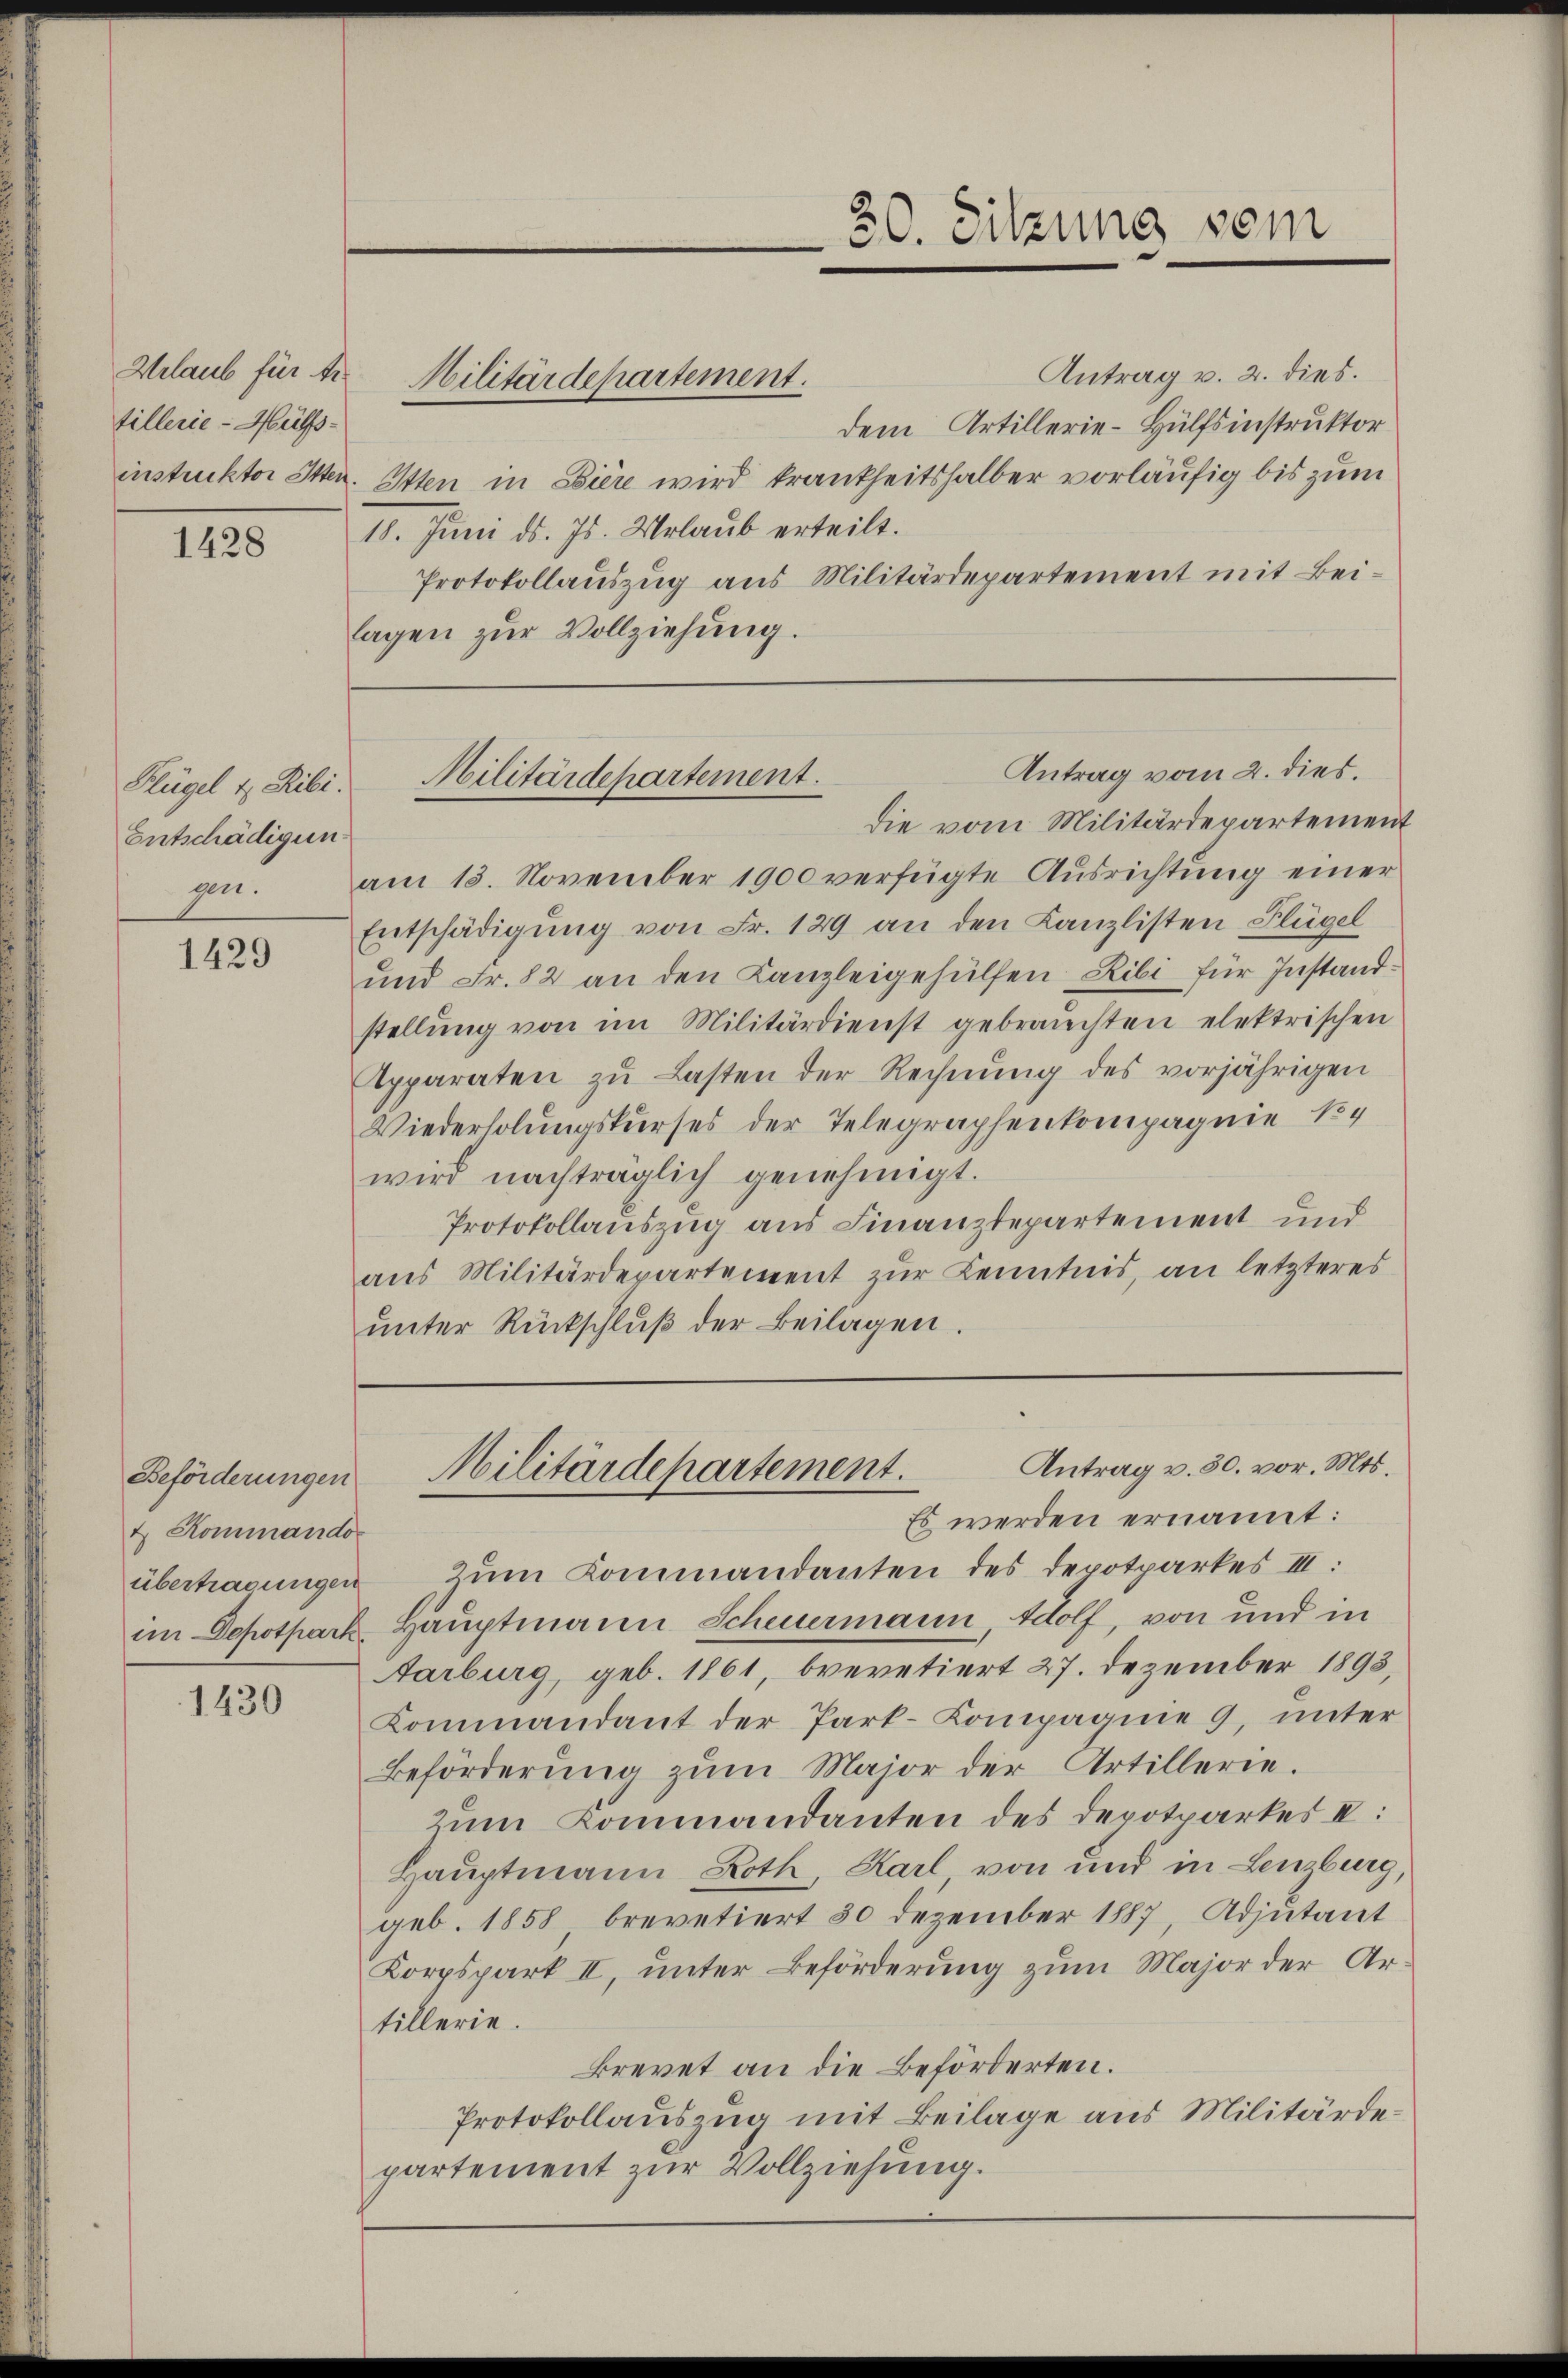
Wrlaub für Ar
tillerie-Hülfs-

1428

Klügel & Ribi.
Entschädigun¬

1429

Beförderungen
t. Kommando
übertragungen

1430

Antrag v. 2. dies.
dem Artillerie-Hülfsinstruktor
instruktor Otten. Etten in Biere wird krankheitshalber vorläufig bis zum
18. Juni d. Js. Urlaub erteilt.
Protokollauszug aus Militärdepartement mit Beilagen zur Vollziehung.

Militärdepartement.

30. Sitzung sein

Antrag vom 2. dies.
Militärdepartement.

die vom Militärdepartement
zn. am 18. November 1900 verfügte Ausrichtung einer
Entschädigung von Fr. 129 an den Kanzlisten Flügel
und Fr. 82 an den Kanzleigehülfen Ribi für Instandstellŭng von im Militärdienst gebrauchten elektrischen
Apparaten zŭ Lasten der Rechnŭng des vorjährigen
Wiederholungskurses der Telegraphenkompagnie 14
wird nachträglich genehmigt.
Protokollauszug aus Finanzdepartement und
aus Militärdepartement zur Kenntnis, an letzteres
ŭnter Rückschlŭβ der Beilagen.

Es werden ernannt:
Zum Kommandanten des Depotparkes III:
im Depotpark Hauptmann Scheuermann, Wolf, von und in
Aarburg, geb. 1861, brevetiert 27. Dezember 1893,
Kommandant der Part-Compagnie 9, unter
Beförderŭng zŭm Major der Artillerie.
Zum Kommandanten des Depotpartes II:
Hauptmann Roth, Karl von und in Lenzburg,
geb. 1858 brevetiert 30 Dezember 1887, Adjutant
Korpspark II, unter Beförderung zum Major der Artillerie.
Brevet an die Beförderten.
Protokollauszug mit Beilage aus Militärdepartement zur Vollziehung.

Antrag v. 30. vor. Mts.
Militärdepartement.